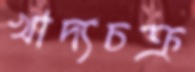
খাদ্যচক্র